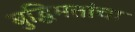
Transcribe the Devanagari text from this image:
बुद्धिमत्तांचा